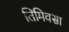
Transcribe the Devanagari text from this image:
तिमिवसा